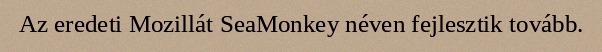
Az eredeti Mozillát SeaMonkey néven fejlesztik tovább.